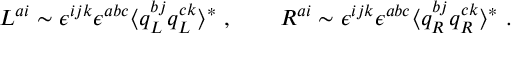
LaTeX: L ^ { a i } \sim \epsilon ^ { i j k } \epsilon ^ { a b c } \langle q _ { L } ^ { b j } q _ { L } ^ { c k } \rangle ^ { * } \ , \qquad R ^ { a i } \sim \epsilon ^ { i j k } \epsilon ^ { a b c } \langle q _ { R } ^ { b j } q _ { R } ^ { c k } \rangle ^ { * } \ .